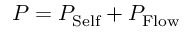
P = P _ { \mathrm { S e l f } } + P _ { \mathrm { F l o w } }